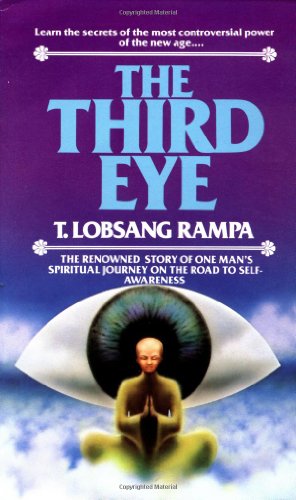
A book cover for The Third Eye; T. Lobsang Rampa; Religion & Spirituality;